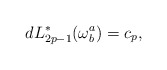
\begin{align*}dL_{2p-1}^{*}(\omega _{b}^{a})=c_{p}, \end{align*}